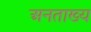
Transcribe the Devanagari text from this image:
अनताख्य